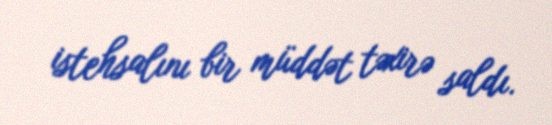
istehsalını bir müddət təxirə saldı.